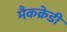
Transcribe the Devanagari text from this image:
मैकक्रेडी